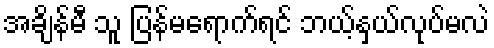
အချိန်မီ သူ ပြန်မရောက်ရင် ဘယ့်နှယ်လုပ်မလဲ